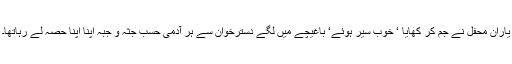
یارانِ محفل نے جم کر کھایا ‘ خوب سیر ہوئے‘ باغیچے میں لگے دسترخوان سے ہر آدمی حسب جثہ و جبہ اپنا اپنا حصہ لے رہاتھا۔